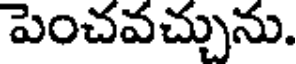
పెంచవచ్చును.